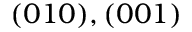
( 0 1 0 ) , ( 0 0 1 )